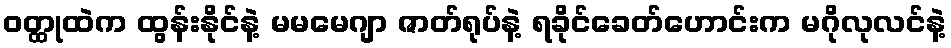
ဝတ္ထုထဲက ထွန်းနိုင်နဲ့ မမမေဂျာ ဇာတ်ရုပ်နဲ့ ရခိုင်ခေတ်ဟောင်းက မဂိုလုလင်နဲ့